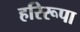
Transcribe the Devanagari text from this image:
हरिरूपा